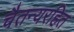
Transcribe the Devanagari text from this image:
चैतन्यरहित